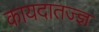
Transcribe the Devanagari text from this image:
कायदातज्ज्ञ